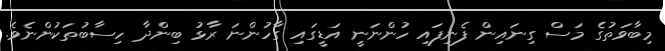
މިބާވަތުގެ މަސް ގިނައިން ފެނިފައި ހުންނަނީ އަޑީގައި ގާހުންނަ ރާޅު ބިންދާ ހިސާބުތަކުންނެވެ.